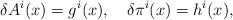
LaTeX: \begin{align*}\delta A^i(x) = g^i(x), \ \ \ \delta \pi^i(x) = h^i(x),\end{align*}